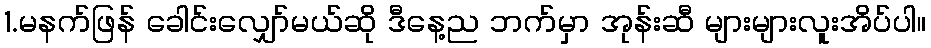
1.မနက်ဖြန် ခေါင်းလျှော်မယ်ဆို ဒီနေ့ည ဘက်မှာ အုန်းဆီ များများလူးအိပ်ပါ။